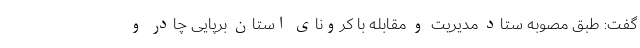
گفت: طبق مصوبه ستاد مدیریت و مقابله با کرونای استان برپایی چادر و